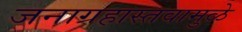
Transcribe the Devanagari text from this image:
जनाग्रहास्तवामुळे